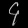
Digit: ၄